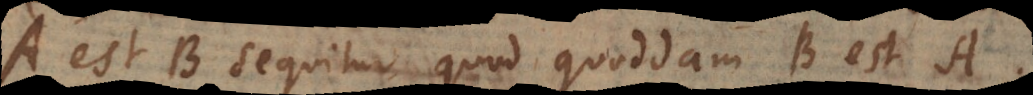
A est B sequitur quod quoddam B est A.